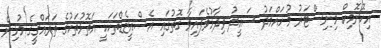
އިކޮނޮމިކް މިނިސްޓަރު މުހައްމަދު ސައީދު ވިދާޅުވެފައިވާ ގޮތުގައި އެސްއީޒެޑްތަކަކީ އަތޮޅުތަކުގެ ތަރައްގީގެ މުޅިން